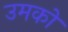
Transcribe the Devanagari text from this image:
उमको